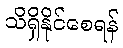
သိရှိနိုင်စေရန်